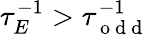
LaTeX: \tau_{E}^{-1}>\tau_{\mathrm{~o~d~d~}}^{-1}